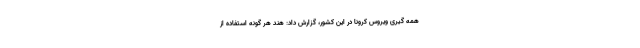
همه گیری ویروس کرونا در این کشور، گزارش داد: هند هر گونه استفاده از